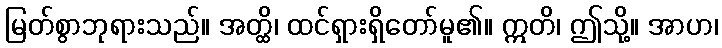
မြတ်စွာဘုရားသည်။ အတ္ထိ၊ ထင်ရှားရှိတော်မူ၏။ ဣတိ၊ ဤသို့။ အာဟ၊